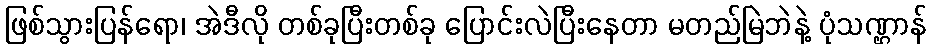
ဖြစ်သွားပြန်ရော၊ အဲဒီလို တစ်ခုပြီးတစ်ခု ပြောင်းလဲပြီးနေတာ မတည်မြဲဘဲနဲ့ ပုံသဏ္ဌာန်